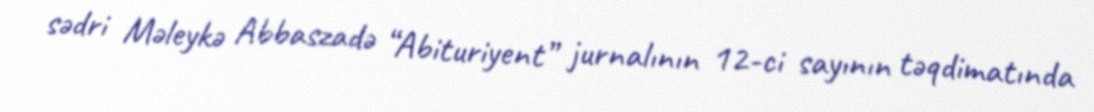
sədri Məleykə Abbaszadə “Abituriyent” jurnalının 12-ci sayının təqdimatında